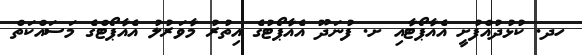
ހދ. ކުޅުދުއްފުށީ އެއާޕޯޓާއި ށ. ފުނަދޫ އެއާޕޯޓުގެ އިތުރު މާވަރުލު އެއާޕޯޓްގެ މަސައްކަތް